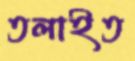
তলাইত